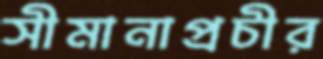
সীমানাপ্রচীর